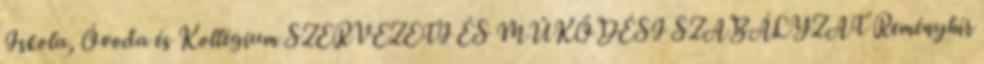
Iskola, Óvoda és Kollégium SZERVEZETI ÉS MŰKÖDÉSI SZABÁLYZAT Reményhír